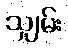
သျှမ်း